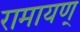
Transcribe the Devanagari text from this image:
रामायण्